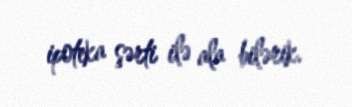
ipoteka şərti ilə ala bilərik.